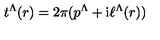
t ^ { \Lambda } ( r ) = 2 \pi ( p ^ { \Lambda } + \mathrm { i } \ell ^ { \Lambda } ( r ) ) \nonumber \,